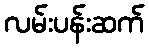
လမ်းပန်းဆက်